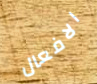
الافعال